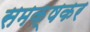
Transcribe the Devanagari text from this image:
समक्षकर